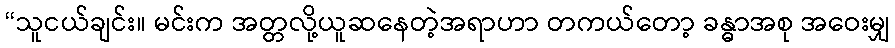
“သူငယ်ချင်း။ မင်းက အတ္တလို့ယူဆနေတဲ့အရာဟာ တကယ်တော့ ခန္ဓာအစု အဝေးမျှ